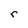
Character: r